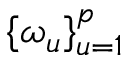
\{ \omega _ { u } \} _ { u = 1 } ^ { p }